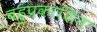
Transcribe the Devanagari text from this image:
बहुप्रकाशित